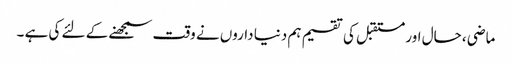
ماضی ، حال اور مستقبل کی تقسیم ہم دنیا داروں نے وقت سمجھنے کے لئے کی ہے ۔